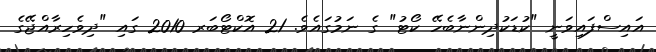
އައިސްފައިވަނީ "ކުޑަކުދިންނާބެހޭ ކޯޓު" ގެ ނަމުގައެވެ. 21 އޮކްޓޯބަރ 2010 ގައި "ދިވެހިރާއްޖޭގެ